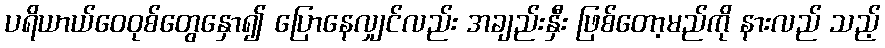
ပရိယာယ်ဝေဝုစ်တွေနှော၍ ပြောနေလျှင်လည်း အချည်းနှီး ဖြစ်တော့မည်ကို နားလည် သည့်